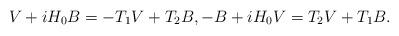
LaTeX: \begin{align*}V+iH_0B=-T_1V+T_2B,-B+iH_0V=T_2V+T_1B.\end{align*}